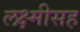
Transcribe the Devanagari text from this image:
लक्ष्मीसह